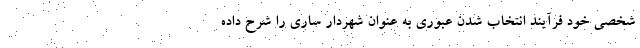
شخصی خود فرآیند انتخاب شدن عبوری به عنوان شهردار ساری را شرح داده‌